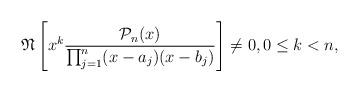
LaTeX: \begin{align*}\mathfrak{N}\left[x^k \dfrac{\mathcal{P}_n(x)}{\prod_{j=1}^{n}(x-a_j)(x-b_j)} \right]\neq 0, 0\leq k < n,\end{align*}